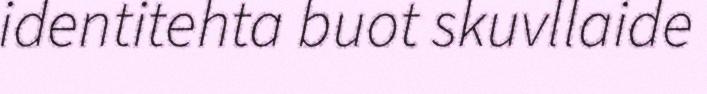
identitehta buot skuvllaide